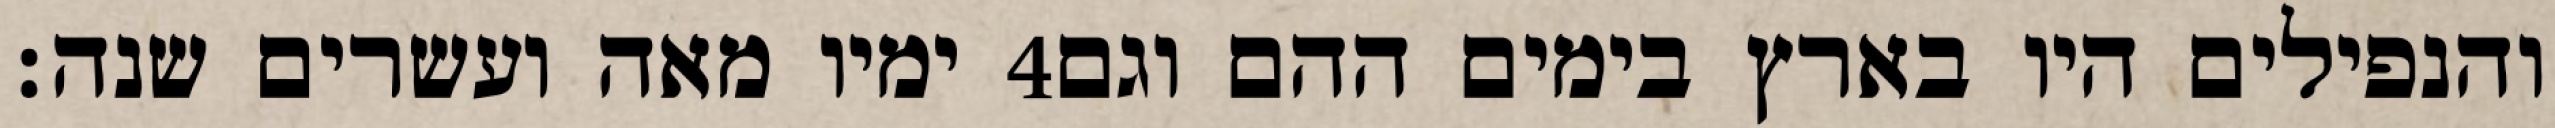
ימיו מאה ועשרים שנה׃ ‎4‏ והנפילים היו בארץ בימים ההם וגם